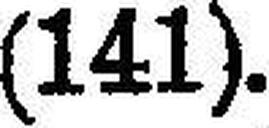
(141).